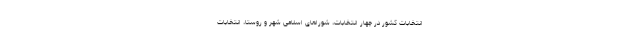
انتخابات کشور در چهار انتخابات، شوراهای اسلامی شهر و روستا، انتخابات